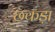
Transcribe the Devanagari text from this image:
छकड़ा